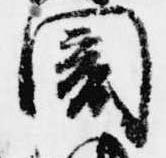
闇